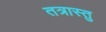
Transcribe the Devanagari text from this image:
तत्रास्तु